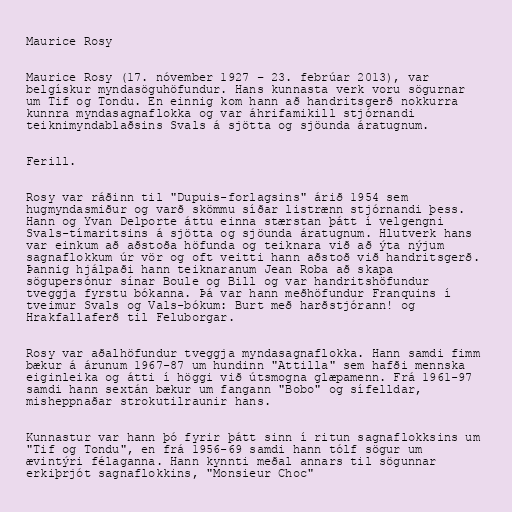
Maurice Rosy

Maurice Rosy (17. nóvember 1927 – 23. febrúar 2013), var
belgískur myndasöguhöfundur. Hans kunnasta verk voru sögurnar
um Tif og Tondu. En einnig kom hann að handritsgerð nokkurra
kunnra myndasagnaflokka og var áhrifamikill stjórnandi
teiknimyndablaðsins Svals á sjötta og sjöunda áratugnum.

Ferill.

Rosy var ráðinn til "Dupuis-forlagsins" árið 1954 sem
hugmyndasmiður og varð skömmu síðar listrænn stjórnandi þess.
Hann og Yvan Delporte áttu einna stærstan þátt í velgengni
Svals-tímaritsins á sjötta og sjöunda áratugnum. Hlutverk hans
var einkum að aðstoða höfunda og teiknara við að ýta nýjum
sagnaflokkum úr vör og oft veitti hann aðstoð við handritsgerð.
Þannig hjálpaði hann teiknaranum Jean Roba að skapa
sögupersónur sínar Boule og Bill og var handritshöfundur
tveggja fyrstu bókanna. Þá var hann meðhöfundur Franquins í
tveimur Svals og Vals-bókum: Burt með harðstjórann! og
Hrakfallaferð til Feluborgar.

Rosy var aðalhöfundur tveggja myndasagnaflokka. Hann samdi fimm
bækur á árunum 1967-87 um hundinn "Attilla" sem hafði mennska
eiginleika og átti í höggi við útsmogna glæpamenn. Frá 1961-97
samdi hann sextán bækur um fangann "Bobo" og sífelldar,
misheppnaðar strokutilraunir hans.

Kunnastur var hann þó fyrir þátt sinn í ritun sagnaflokksins um
"Tif og Tondu", en frá 1956-69 samdi hann tólf sögur um
ævintýri félaganna. Hann kynnti meðal annars til sögunnar
erkiþrjót sagnaflokkins, "Monsieur Choc"